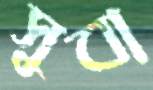
সুবা